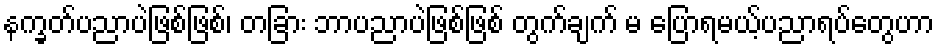
နက္ခတ်ပညာပဲဖြစ်ဖြစ်၊ တခြား ဘာပညာပဲဖြစ်ဖြစ် တွက်ချက် မ ပြောရမယ့်ပညာရပ်တွေဟာ